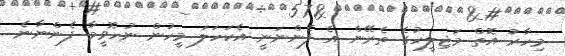
މިހާރު އޮތް މަޖިލީހުގެ ތެރޭން އެ ފެންނަނީ އެކަހަލަ މީހުން ނުހޮވީމާ ފެންނާނެ